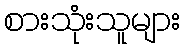
စားသုံးသူများ